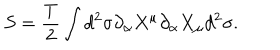
S = { \frac { T } { 2 } } \int d ^ { 2 } \sigma \partial _ { \alpha } X ^ { \mu } \partial _ { \alpha } X _ { \mu } d ^ { 2 } \sigma .